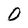
Character: O